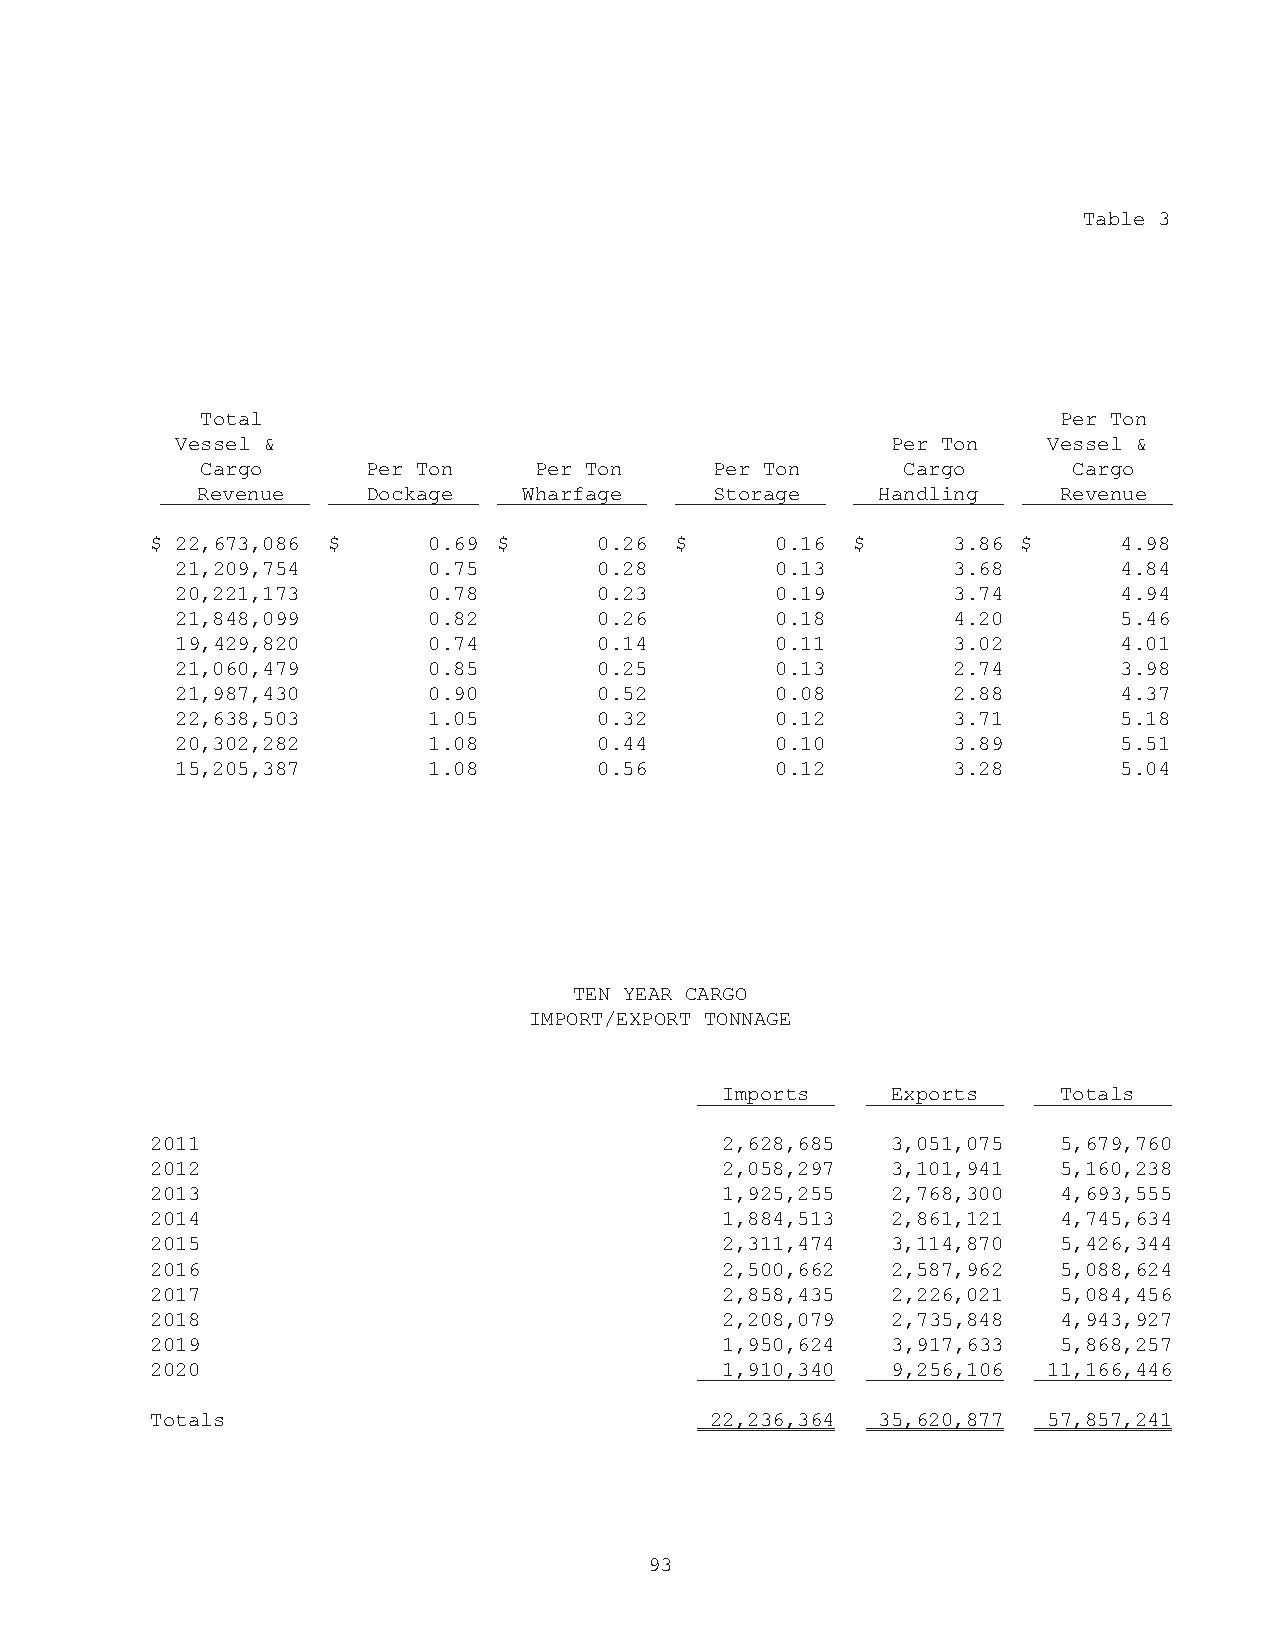
Table 3
 Total                                                    Per Ton
 Vessel &                                       Per Ton   Vessel &
 Cargo      Per Ton    Per Ton     Per Ton      Cargo      Cargo
 Revenue    Dockage    Wharfage    Storage    Handling    Revenue
 $ 22,673,086 $    0.69 $      0.26 $     0.16 $      3.86 $     4.98
 21,209,754      0.75        0.28       0.13        3.68       4.84
 20,221,173      0.78        0.23       0.19        3.74       4.94
 21,848,099      0.82        0.26       0.18        4.20       5.46
 19,429,820      0.74        0.14       0.11        3.02       4.01
 21,060,479      0.85        0.25       0.13        2.74       3.98
 21,987,430      0.90        0.52       0.08        2.88       4.37
 22,638,503      1.05        0.32       0.12        3.71       5.18
 20,302,282      1.08        0.44       0.10        3.89       5.51
 15,205,387      1.08        0.56       0.12        3.28       5.04
 TEN YEAR CARGO
 IMPORT/EXPORT TONNAGE
 Imports    Exports    Totals
 2011                                  2,628,685  3,051,075  5,679,760
 2012                                  2,058,297  3,101,941  5,160,238
 2013                                  1,925,255  2,768,300  4,693,555
 2014                                  1,884,513  2,861,121  4,745,634
 2015                                  2,311,474  3,114,870  5,426,344
 2016                                  2,500,662  2,587,962  5,088,624
 2017                                  2,858,435  2,226,021  5,084,456
 2018                                  2,208,079  2,735,848  4,943,927
 2019                                  1,950,624  3,917,633  5,868,257
 2020                                  1,910,340  9,256,106 11,166,446
 Totals                               22,236,364 35,620,877 57,857,241
 93